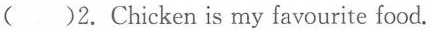
()2.Chicken is my favourite food.